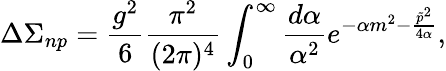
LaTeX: \Delta\Sigma_{np}=\frac{g^{2}}6\frac{\pi^{2}}{(2\pi)^{4}}\int_{0}^{\infty}\frac{d\alpha}{\alpha^{2}}e^{-\alpha m^{2}-\frac{\tilde{p}^{2}}{4\alpha}},